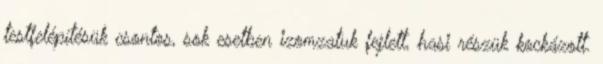
testfelépítésük csontos, sok esetben izomzatuk fejlett, hasi részük kockázott.